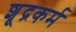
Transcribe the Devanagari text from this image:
शूद्रकर्म